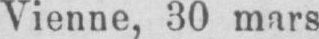
Vienne, 30 mars